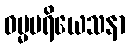
ဓမ္မပရိယေသနာ